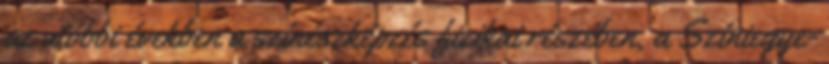
az utóbbi években a színészképzés fizikai részében, a Színiegye-